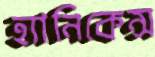
হ্যানিকেন্স